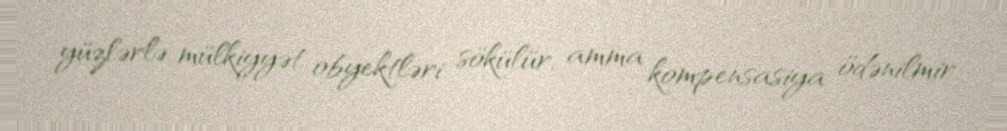
yüzlərlə mülkiyyət obyektləri sökülür, amma kompensasiya ödənilmir.